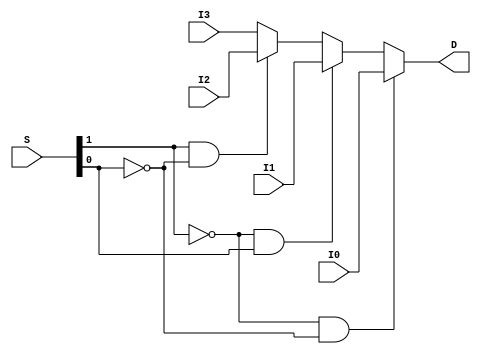
//Tam Chantem
//ECE 2700 Lab 5
//10/05/11

`timescale 1 ns/1 ns

module mux4bit4x1(I3, I2, I1, I0, S, D);

  input [3:0] I3, I2, I1, I0;
  input [1:0] S; 
  output [3:0] D;
  reg [3:0] D;
   
  always @ (*)
  begin
     if(S[1] == 0 && S[0] == 0) begin
	     D <= I0;
     end
     else if(S[1] == 0 && S[0] == 1) begin
  	   D <= I1;
     end
     else if(S[1] == 1 && S[0] == 0) begin
	     D <= I2;	
     end
     else begin
       D <= I3;
     end
  end

endmodule